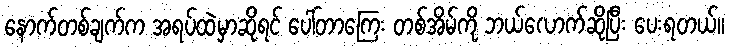
နောက်တစ်ချက်က အရပ်ထဲမှာဆိုရင် ပေါ်တာကြေး တစ်အိမ်ကို ဘယ်လောက်ဆိုပြီး ပေးရတယ်။